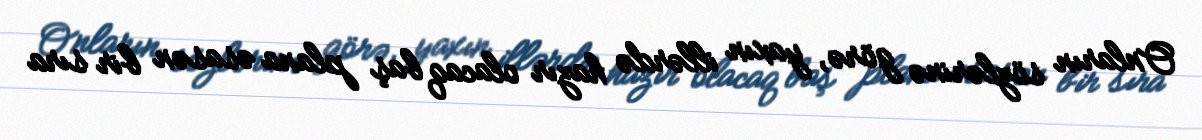
Onların sözlərinə görə, yaxın illərdə hazır olacaq baş plana əsasən bir sıra